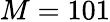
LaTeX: M=101